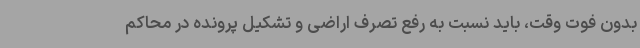
بدون فوت وقت، باید نسبت به رفع تصرف اراضی و تشکیل پرونده در محاکم